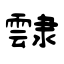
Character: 霴